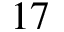
1 7